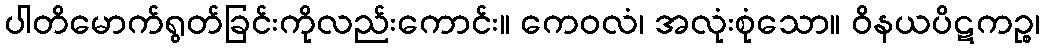
ပါတိမောက်ရွတ်ခြင်းကိုလည်းကောင်း။ ကေဝလံ၊ အလုံးစုံသော။ ဝိနယပိဋကဉ္စ၊